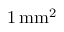
1 \, \mathrm { m m } ^ { 2 }